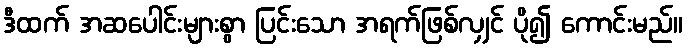
ဒီထက် အဆပေါင်းများစွာ ပြင်းသော အရက်ဖြစ်လျှင် ပို၍ ကောင်းမည်။